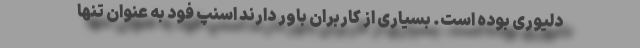
دلیوری بوده است. بسیاری از کاربران باور دارند اسنپ فود به عنوان تنها